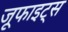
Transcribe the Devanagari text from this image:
जूफाइट्स